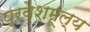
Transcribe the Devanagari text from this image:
प्रवेशमूल्य